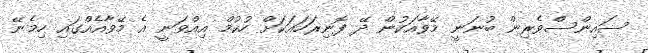
ސައިންސްވެރިން ބުނަނީ މޭވާއަކުން ދޭ ފޮނިރަހައަކަށް ހުކުމް އިއްވަނީ އެ މޭވާއެއްގައި ހިމެނޭ